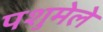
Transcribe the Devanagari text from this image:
पशुमेले